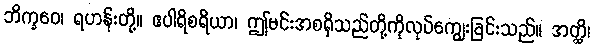
ဘိက္ခဝေ၊ ရဟန်းတို့။ ဧပါရိစရိယာ၊ ဤမင်းအစရှိသည်တို့ကိုလုပ်ကျွေးခြင်းသည်။ အတ္ထိ၊